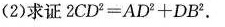
(2)求证$$2 C D ^ { 2 } = A D ^ { 2 } + D B ^ { 2 }$$.